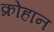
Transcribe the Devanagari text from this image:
क्रोहान